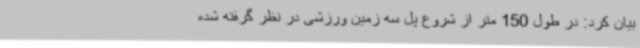
بیان کرد: در طول 150 متر از شروع پل سه زمین ورزشی در نظر گرفته شده